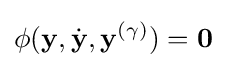
\phi (\mathbf {y} ,{\dot {\mathbf {y} }},\mathbf {y} ^{(\gamma )})=\mathbf {0}